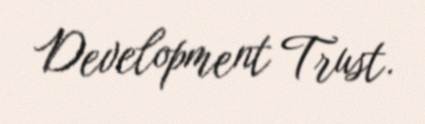
Development Trust.